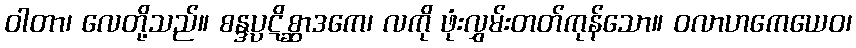
ဝါတာ၊ လေတို့သည်။ စန္ဒပ္ပဋိစ္ဆာဒကေ၊ လကို ဖုံးလွှမ်းတတ်ကုန်သော။ ဝလာဟကေယေဝ၊